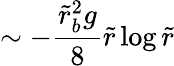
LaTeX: \sim-\frac{\tilde{r}_{b}^{2}g}{8}\tilde{r}\log\tilde{r}